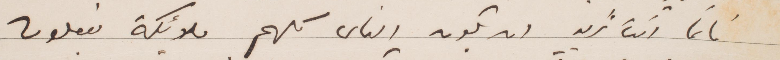
فانما انت تريد ان يكون الناس كلهم ملائكة يفعلون